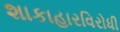
શાકાહારવિરોધી